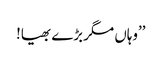
’’وہاں مگر بڑے بھیا!